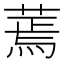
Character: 蔫